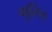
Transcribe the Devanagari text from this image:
गुलिन